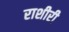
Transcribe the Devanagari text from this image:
राशीरी